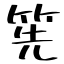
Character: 筅